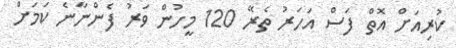
ކުރިއަށް އޮތް ފަސް އަހަރު ތެރޭ 120 މީހުން ވަރު ފެންނާނެ ކަމަށް